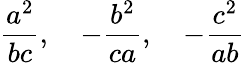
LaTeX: {\frac{a^{2}}{bc}},\quad-{\frac{b^{2}}{ca}},\quad-{\frac{c^{2}}{ab}}